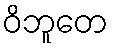
ဝိဘူတေ